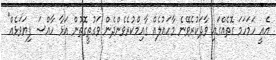
އެއީ ހަމަހަމަ ގޮތެއްގައި ވާދަކުރެވޭނެ މާހައުލެއް ގާއިމްކުރެވެންދެން ވަގުތީގޮތުން އަޅާ ހާއްސަ ފިޔަވަޅެއް"